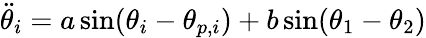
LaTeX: \ddot{\theta}_{i}=a\sin(\theta_{i}-\theta_{p,i})+b\sin(\theta_{1}-\theta_{2})